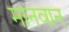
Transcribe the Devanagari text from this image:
मानवान